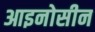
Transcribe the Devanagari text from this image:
आइनोसीन